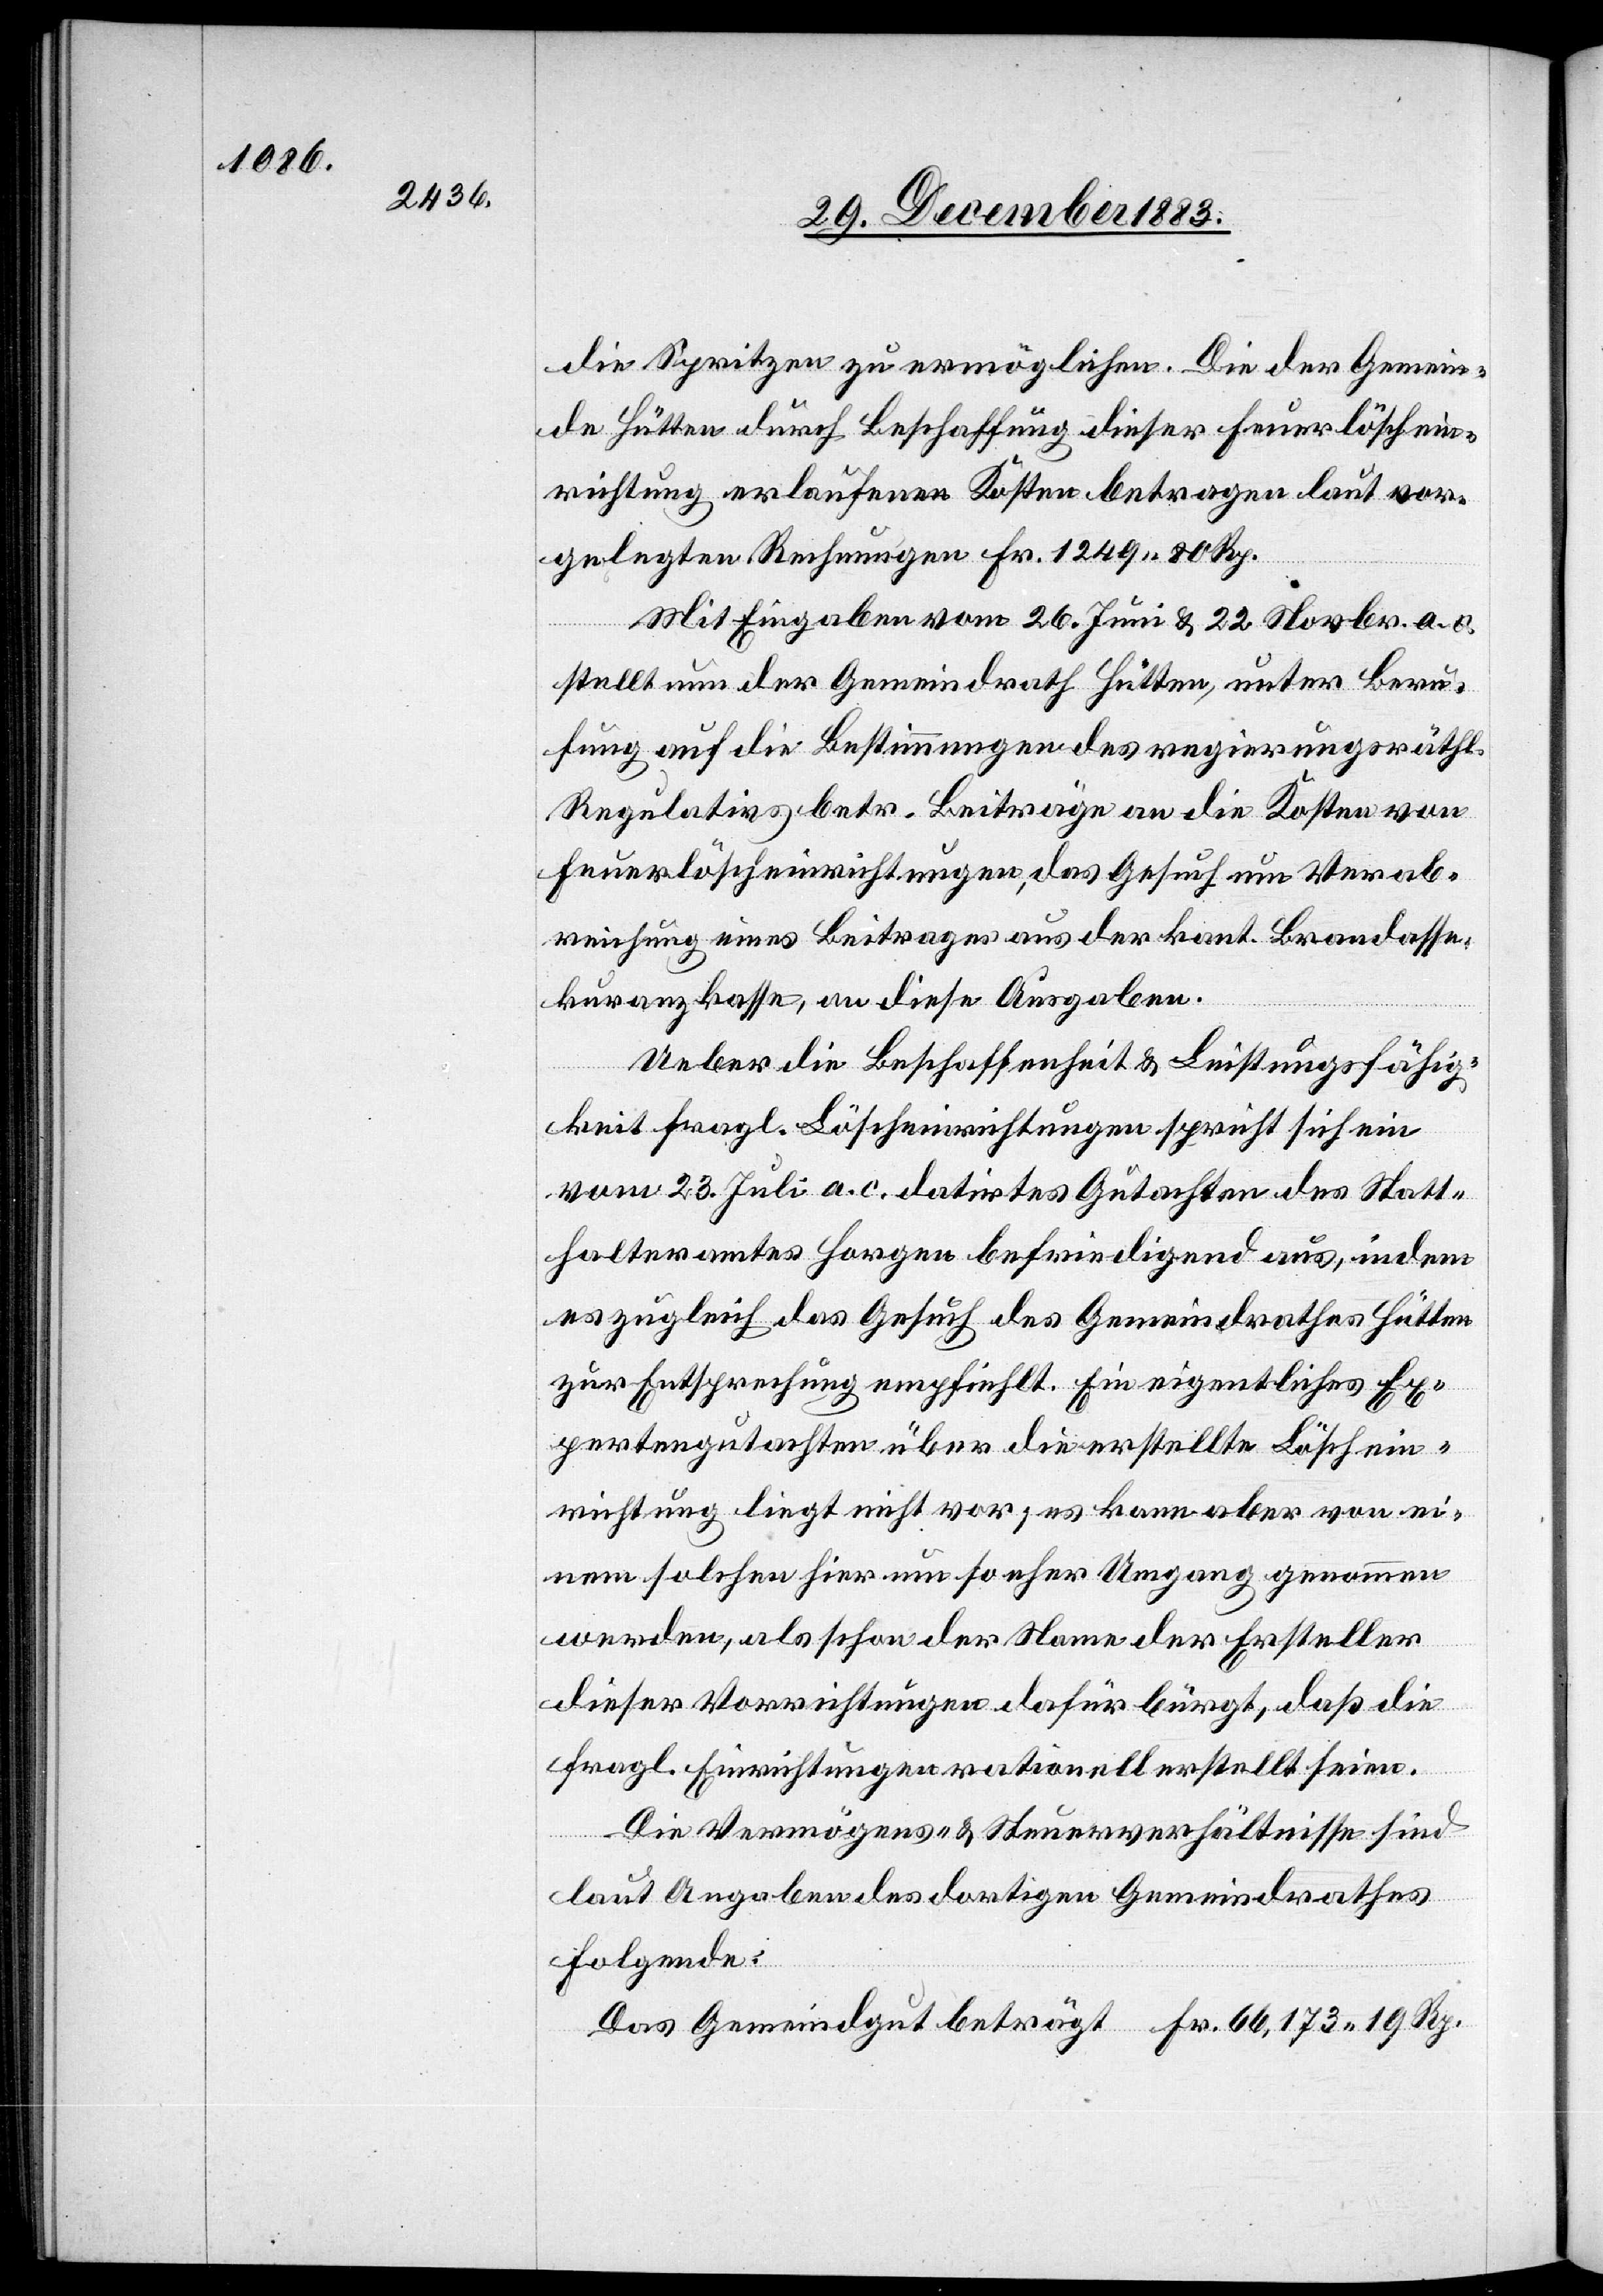
die Spritzen zu ermöglichen. Die der Gemein¬
de Hütten durch Beschaffung dieser Feuerlöschein¬
richtung erlaufenen Kosten betragen laut vor¬
gelegten Rechnungen Fr. 1249 80 Rp.
ndegut
Mit Eingaben vom 26. Juni & 22. Novbr. a. c.
stellt nun der Gemeindrath Hütten, unter Beru¬
fung auf die Bestimmungen des regierungsräthl.
Regulativs betr. Beiträge an die Kosten von
Feuerlöscheinrichtungen, das Gesuch um Verab¬
reichung eines Beitrages aus der kant. Brandasse¬
kuranzkasse, an diese Ausgaben.
Ueber die Beschaffenheit & Leistungsfähig¬
keit fragl. Löscheinrichtungen spricht sich ein
vom 23. Juli a. c. datirtes Gutachten des Statt¬
halteramtes Horgen befriedigend aus, indem
es zugleich das Gesuch des Gemeindrathes Hütten
zur Entsprechung empfiehlt. Ein eigentliches Ex¬
pertengutachten über die erstellte Löschein¬
richtung liegt nicht vor; es kann aber von ei¬
nem solchen hier um so eher Umgang genommen
werden, als schon der Name der Ersteller
dieser Vorrichtungen dafür bürgt, daß die
fragl. Einrichtungen rationell erstellt seien.
Die Vermögens- & Steuerverhältnisse sind
laut Angaben des dortigen Gemeindrathes
folgende: